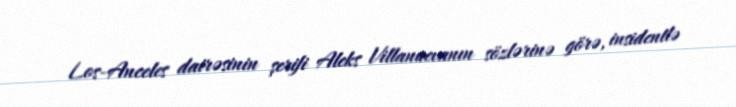
Los-Anceles dairəsinin şerifi Aleks Villanuevanın sözlərinə görə, insidentlə